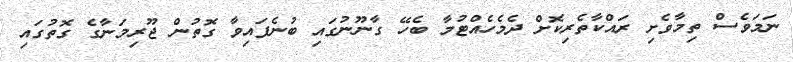
ނަމަވެސް ތިމާވެށި ރައްކާތެރިކޮށް ދެމެހެއްޓުމާ ބެހޭ ގާނޫނުގައި ބުނެފައިވާ ގޮތުން ޖޫރިމަނާގެ ގޮތުގައި